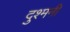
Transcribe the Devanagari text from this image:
दुश्‍मनी